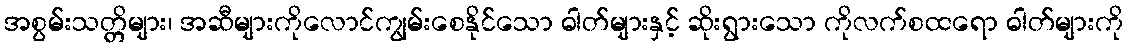
အစွမ်းသတ္တိများ၊ အဆီများကိုလောင်ကျွမ်းစေနိုင်သော ဓါတ်များနှင့် ဆိုးရွားသော ကိုလက်စထရော ဓါတ်များကို